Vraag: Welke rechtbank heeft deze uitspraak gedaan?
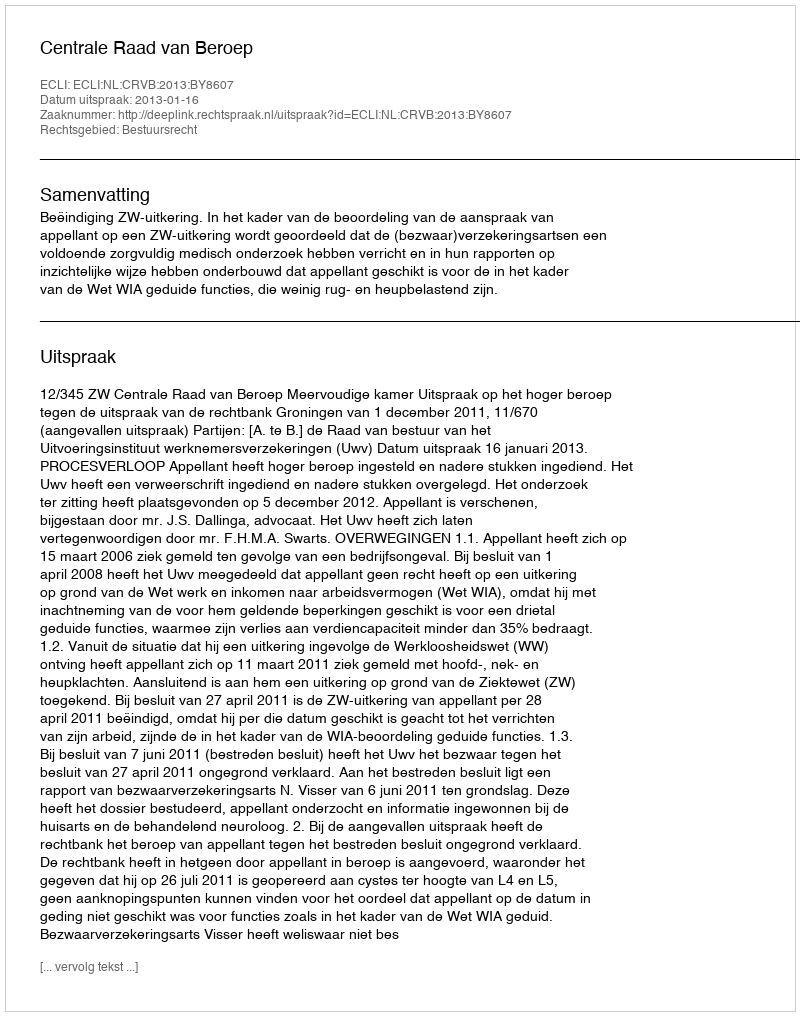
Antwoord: Centrale Raad van Beroep